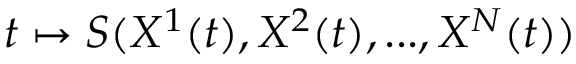
t \mapsto S ( X ^ { 1 } ( t ) , X ^ { 2 } ( t ) , . . . , X ^ { N } ( t ) )